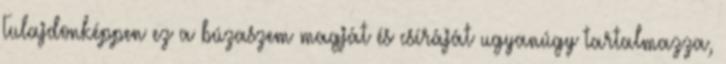
Tulajdonképpen ez a búzaszem magját és csíráját ugyanúgy tartalmazza,